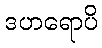
ဒဟရောပိ